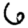
Digit: 6